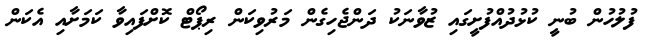
ފުލުހުން ބުނީ ކުޅުދުއްފުށީގައި ޒުވާނަކު ދަންޖެހިގެން މަރުވިކަން ރިޕޯޓް ކޮށްފައިވާ ކަމަށާއި އެކަން